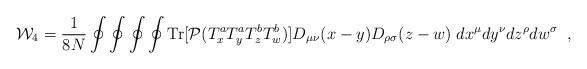
LaTeX: \begin{align*}{\cal W}_4={1\over 8N}\oint\oint\oint\oint{\rm Tr}[{\cal P} (T^a_xT^a_yT^b_z T^b_w)] D_{\mu\nu}(x-y)D_{\rho\sigma}(z-w)\; dx^{\mu}dy^{\nu}dz^{\rho}dw^{\sigma}\;\; ,\end{align*}